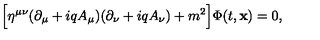
\Bigl [ \eta ^ { \mu \nu } ( \partial _ { \mu } + i q A _ { \mu } ) ( \partial _ { \nu } + i q A _ { \nu } ) + m ^ { 2 } \Bigr ] \Phi ( t , { \bf x } ) = 0 ,